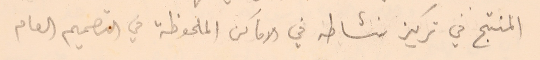
المنتج في تركيز نشاطه في الاماكن الملحوظة في التصميم العام